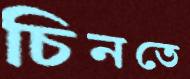
চিনতে